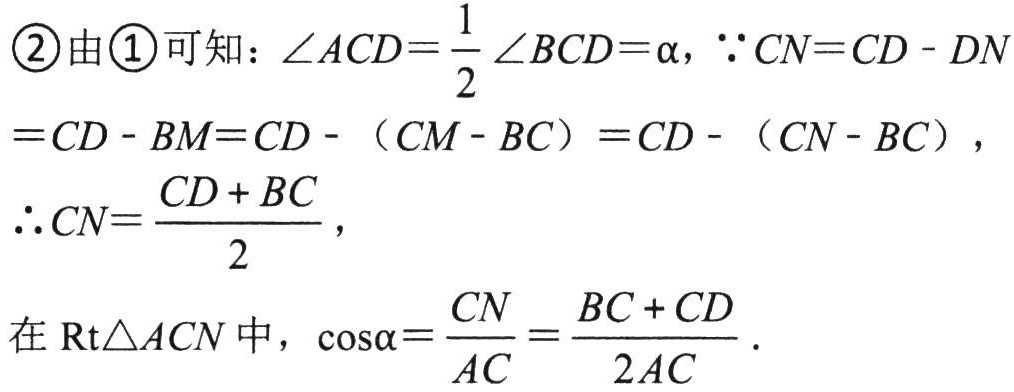
\begin{align*}
&\textcircled{2}\text{ 由 }\textcircled{1}\text{ 可知：}\angle ACD = \frac{1}{2}\angle BCD=\alpha,\ \because CN = CD - DN\\
&=CD - BM=CD - (CM - BC)=CD - (CN - BC),\\
&\therefore CN=\frac{CD + BC}{2},\\
&\text{在 }\mathrm{Rt}\triangle ACN\text{ 中，}\cos\alpha=\frac{CN}{AC}=\frac{BC + CD}{2AC}.
\end{align*}